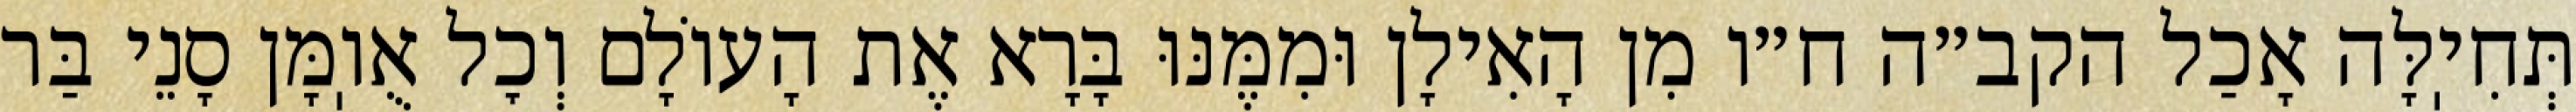
תְּחִיֽלָּה אָכַל הקב״ה ח״ו מִן הָאִילָן וּמִמֶּנּוּ בָּרָא אֶת הָעוֹלָם וְכׇל אֻוֽמָּן סָנֵי בַּר